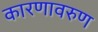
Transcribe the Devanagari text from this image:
कारणावरुण